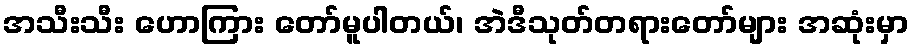
အသီးသီး ဟောကြား တော်မူပါတယ်၊ အဲဒီသုတ်တရားတော်များ အဆုံးမှာ